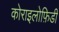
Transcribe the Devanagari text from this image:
कोराइलोफ़िडी